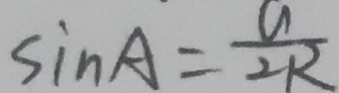
\sin A = \frac { a } { 2 R }